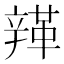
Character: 𨐥